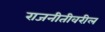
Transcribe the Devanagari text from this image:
राजनीतीवरील